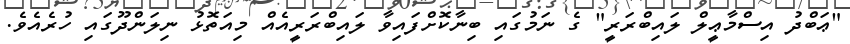
"ޢަބްދު އިސްމާޢީލް ލައިބްރަރީ" ގެ ނަމުގައިި ބިނާކޮށްފައިވާ ލައިބްރަރީއެއް މިއަތޮޅު ނިލަންދޫގައި ހުރެއެވެ.